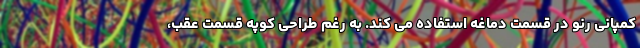
کمپانی رنو در قسمت دماغه استفاده می کند. به رغم طراحی کوپه قسمت عقب،